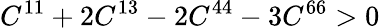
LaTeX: C^{11}+2C^{13}-2C^{44}-3C^{66}>0